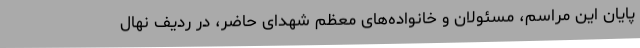
پایان این مراسم، مسئولان و خانواده‌های معظم شهدای حاضر، در ردیف نهال